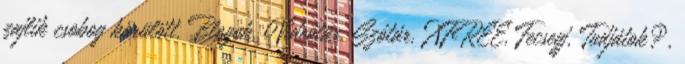
zajlik csobog körülött. Blogok, Videótár, Szótár, XFREE, Fecsegj, Tudjátok?,